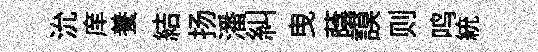
沇庠養結扬潘糾曳蔭謨则鸣統